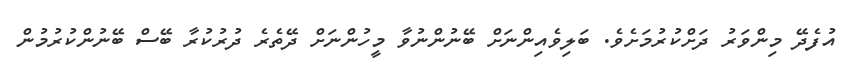
އުފެދޭ މިންވަރު ދަށްކުރުމަށެވެ. ބަލިވެއިންނަށް ބޭނުންނުވާ މީހުންނަށް ދޭތެރެ ދުރުކުރާ ބޭސް ބޭނުންކުރުމުން